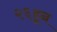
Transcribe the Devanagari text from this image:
२६हून